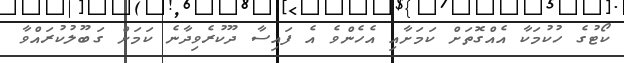
ކޯޓުގެ ހުކުމަކާ އެއްގޮތަށް ކަމަށާއި އެހެންވެ އެ ފައިސާ ދޫކުރެވިދާނެ ކަމަށް ގަބޫލުކުރައްވާ